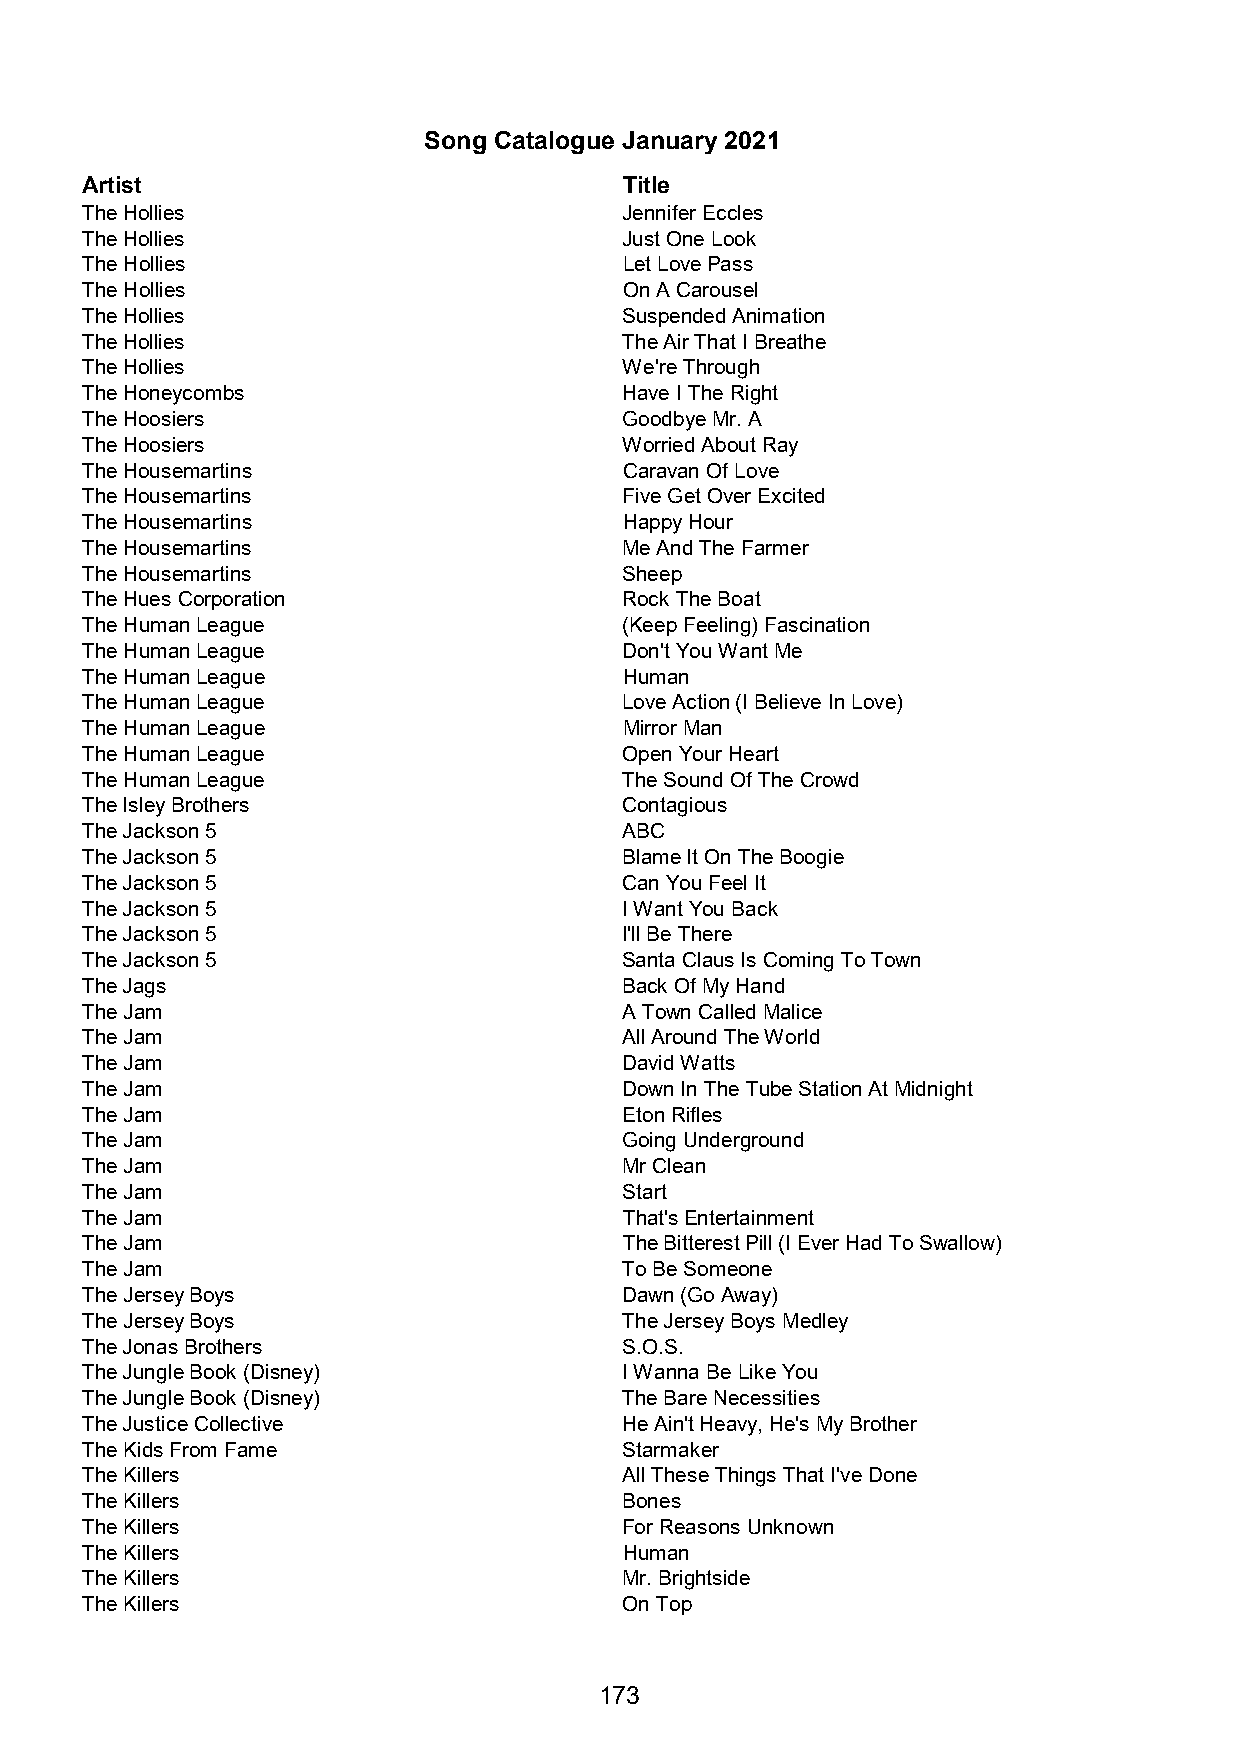
Song Catalogue January 2021
 Artist                              Title
 The Hollies                         Jennifer Eccles
 The Hollies                         Just One Look
 The Hollies                         Let Love Pass
 The Hollies                         On A Carousel
 The Hollies                         Suspended Animation
 The Hollies                         The Air That I Breathe
 The Hollies                         We're Through
 The Honeycombs                      Have I The Right
 The Hoosiers                        Goodbye Mr. A
 The Hoosiers                        Worried About Ray
 The Housemartins                    Caravan Of Love
 The Housemartins                    Five Get Over Excited
 The Housemartins                    Happy Hour
 The Housemartins                    Me And The Farmer
 The Housemartins                    Sheep
 The Hues Corporation                Rock The Boat
 The Human League                    (Keep Feeling) Fascination
 The Human League                    Don't You Want Me
 The Human League                    Human
 The Human League                    Love Action (I Believe In Love)
 The Human League                    Mirror Man
 The Human League                    Open Your Heart
 The Human League                    The Sound Of The Crowd
 The Isley Brothers                  Contagious
 The Jackson 5                       ABC
 The Jackson 5                       Blame It On The Boogie
 The Jackson 5                       Can You Feel It
 The Jackson 5                       I Want You Back
 The Jackson 5                       I'll Be There
 The Jackson 5                       Santa Claus Is Coming To Town
 The Jags                            Back Of My Hand
 The Jam                             A Town Called Malice
 The Jam                             All Around The World
 The Jam                             David Watts
 The Jam                             Down In The Tube Station At Midnight
 The Jam                             Eton Rifles
 The Jam                             Going Underground
 The Jam                             Mr Clean
 The Jam                             Start
 The Jam                             That's Entertainment
 The Jam                             The Bitterest Pill (I Ever Had To Swallow)
 The Jam                             To Be Someone
 The Jersey Boys                     Dawn (Go Away)
 The Jersey Boys                     The Jersey Boys Medley
 The Jonas Brothers                  S.O.S.
 The Jungle Book (Disney)            I Wanna Be Like You
 The Jungle Book (Disney)            The Bare Necessities
 The Justice Collective              He Ain't Heavy, He's My Brother
 The Kids From Fame                  Starmaker
 The Killers                         All These Things That I've Done
 The Killers                         Bones
 The Killers                         For Reasons Unknown
 The Killers                         Human
 The Killers                         Mr. Brightside
 The Killers                         On Top
 173